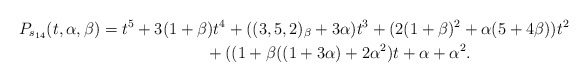
\begin{gather*}P_{s_{14}}(t,\alpha,\beta)= t^{5}+3(1+\beta) t^{4}+((3,5,2)_{\beta}+3 \alpha) t^{3}+ (2(1+\beta)^2+\alpha(5+4 \beta)) t^{2}\\\hphantom{P_{s_{14}}(t,\alpha,\beta)=}{}+((1+\beta((1+3 \alpha)+2 \alpha^{2}) t +\alpha + \alpha^{2}.\end{gather*}